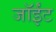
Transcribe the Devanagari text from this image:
जॉईंट